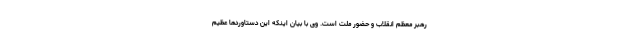
رهبر معظم انقلاب و حضور ملت است. وی با بیان اینکه این دستاوردها عظیم